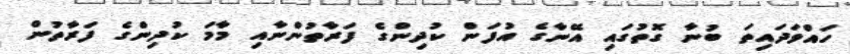
ހައްވަދައިތަ ބުނާ ގޮތުގައި އޭނާގެ އުފަން ކުދިންގެ ފަރާތުންނާއި މާމަ ކުދިންގެ ފަރާތުން